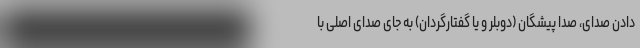
دادن صدای، صدا پیشگان (دوبلر و یا گفتارگردان) به جای صدای اصلی با